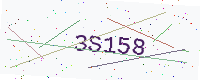
Text: 3S158